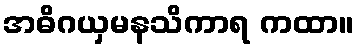
အဓိဂယှမနသိကာရ ကထာ။